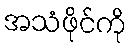
အသံဖိုင်ကို